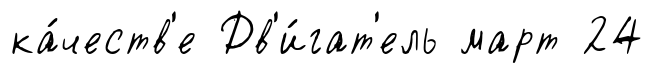
ка́честв'е Дв'и́гат'ель март 24